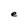
Character: e